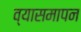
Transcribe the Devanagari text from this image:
व्यासमापन